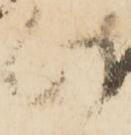
此